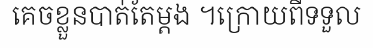
គេចខ្លួនបាត់តែម្តង ។ក្រោយពីទទួល